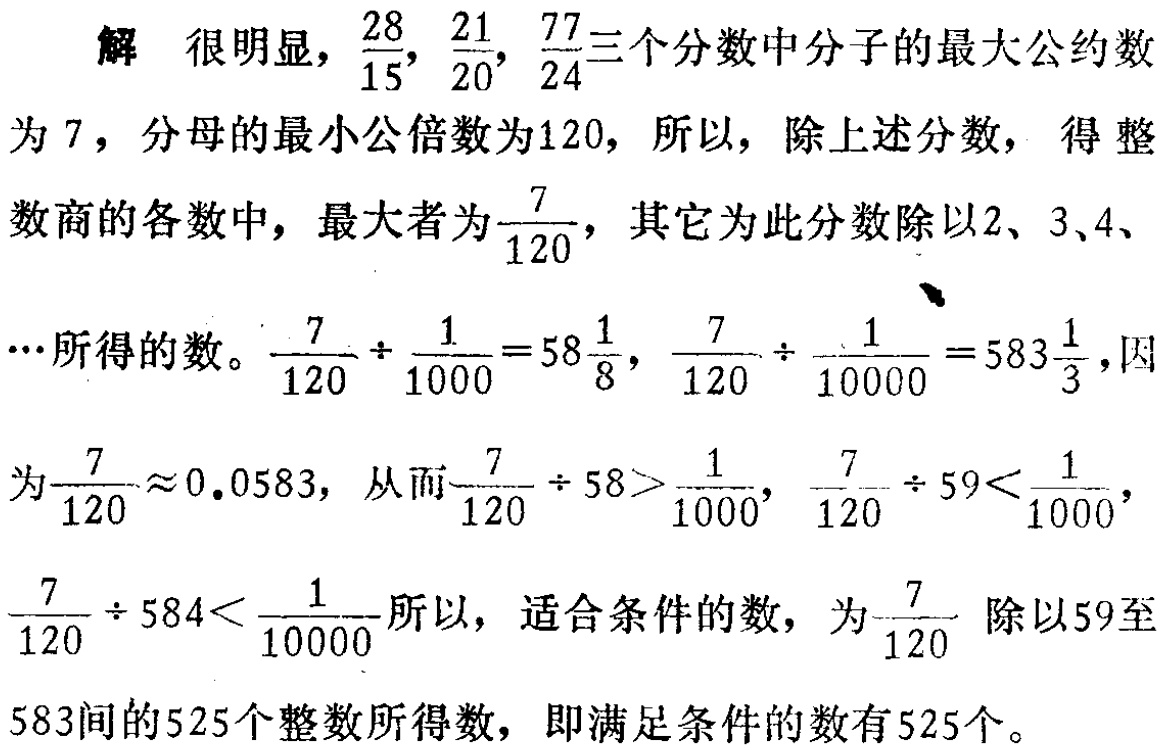
解 很明显，\(\frac{28}{15}, \frac{21}{20}, \frac{77}{24}\)三个分数中分子的最大公约数

为 \(7\)，分母的最小公倍数为\(120\)，所以，除上述分数， 得 整

数商的各数中，最大者为\(\frac{7}{120}\)，其它为此分数除以\(2、3、4、\)

\(\cdots\)所得的数。\(\frac{7}{120} \div \frac{1}{1000}=58\frac{1}{8}\)，\(\frac{7}{120} \div \frac{1}{10000}=583\frac{1}{3}\)，因

为\(\frac{7}{120}\approx 0.0583\)， 从而\(\frac{7}{120} \div 58>\frac{1}{1000}\)，\(\frac{7}{120} \div 59<\frac{1}{1000}\)，

\(\frac{7}{120} \div 584<\frac{1}{10000}\)所以， 适合条件的数， 为\(\frac{7}{120}\) 除以\(59\)至

\(583\)间的\(525\)个整数所得数， 即满足条件的数有\(525\)个。